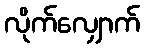
လိုက်လျှောက်